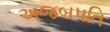
અજબપતિ